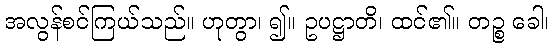
အလွန်စင်ကြယ်သည်။ ဟုတွာ၊ ၍။ ဥပဋ္ဌာတိ၊ ထင်၏။ တဉ္စ ခေါ၊